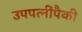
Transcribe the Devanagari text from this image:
उपपत्‍नींपैकी